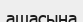
ашасына